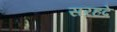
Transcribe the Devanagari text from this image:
सरहदे